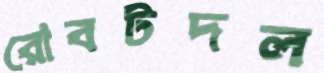
রোবটদল